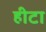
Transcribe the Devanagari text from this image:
हीटा